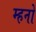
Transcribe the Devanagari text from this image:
म्हनो